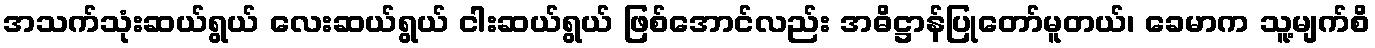
အသက်သုံးဆယ်ရွယ် လေးဆယ်ရွယ် ငါးဆယ်ရွယ် ဖြစ်အောင်လည်း အဓိဋ္ဌာန်ပြုတော်မူတယ်၊ ခေမာက သူ့မျက်စိ